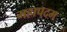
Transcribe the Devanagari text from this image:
महापदम